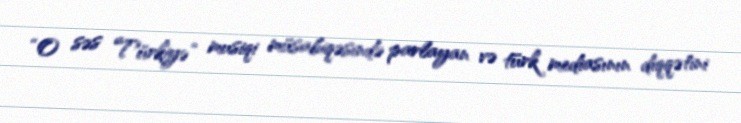
“O səs Türkiyə” musiqi müsabiqəsində parlayan və türk mediasının diqqətini